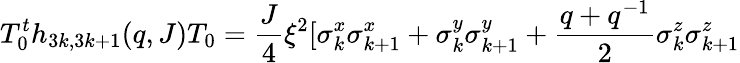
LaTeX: T_{0}^{t}h_{3k,3k+1}(q,J)T_{0}=\frac{J}{4}\xi^{2}[\sigma_{k}^{x}\sigma_{k+1}^{x}+\sigma_{k}^{y}\sigma_{k+1}^{y}+\frac{q+q^{-1}}{2}\sigma_{k}^{z}\sigma_{k+1}^{z}